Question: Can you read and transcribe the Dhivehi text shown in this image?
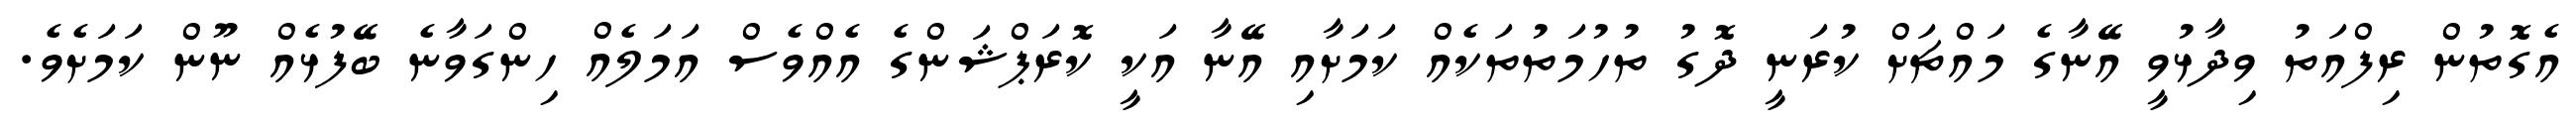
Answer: އެގޮތުން ރިފްއަތު ވިދާޅުވީ އޭނާގެ މައްޗަށް ކުރަނީ ދޮގު ތުހުމަތުތަކެއް ކަމަށާއި އޭނާ އަކީ ކޮރަޕްޝަންގެ އެއްވެސް އަމަލެއް ހިންގަވާނެ ބޭފުޅެއް ނޫން ކަމަށެވެ.